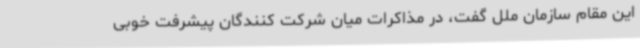
این مقام سازمان ملل گفت، در مذاکرات میان شرکت کنندگان پیشرفت خوبی